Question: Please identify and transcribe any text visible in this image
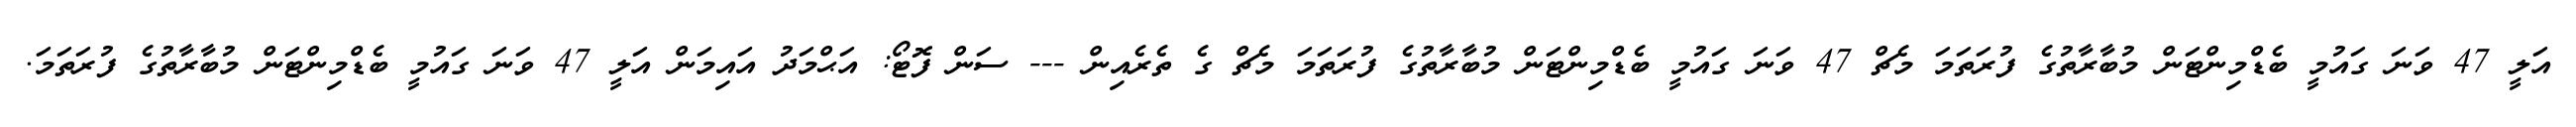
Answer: އަލީ 47 ވަނަ ގައުމީ ބެޑްމިންޓަން މުބާރާތުގެ ފުރަތަމަ މެޗް 47 ވަނަ ގައުމީ ބެޑްމިންޓަން މުބާރާތުގެ ފުރަތަމަ މެޗް ގެ ތެރެއިން --- ސަން ފޮޓޯ: އަޙްމަދު އައިމަން އަލީ 47 ވަނަ ގައުމީ ބެޑްމިންޓަން މުބާރާތުގެ ފުރަތަމަ.